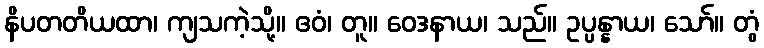
နိပတတိယထာ၊ ကျသကဲ့သို့။ ဧဝံ၊ တူ။ ဝေဒနာယ၊ သည်။ ဥပ္ပန္နာယ၊ သော်။ တွံ